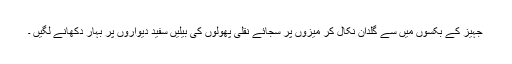
جہیز کے بکسوں میں سے گلدان نکال کر میزوں پر سجائے نقلی پھولوں کی بیلیں سفید دیواروں پر بہار دکھانے لگیں ۔